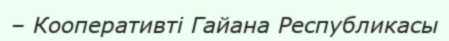
– Кооперативті Гайана Республикасы